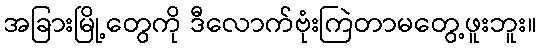
အခြားမြို့တွေကို ဒီလောက်ဗုံးကြဲတာမတွေ့ဖူးဘူး။